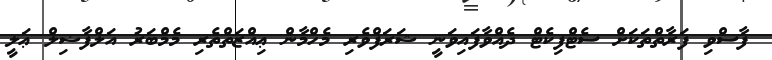
ފާސްވި ފަރާތްތަކަށް ސެޓްފިކެޓް ދެއްވާފައިވަނީ ޝަރަފްވެރި މެހްމާން ޢިއްޒަތްތެރި މެމްބަރު އަލްފާޟިލް ޢަލީ